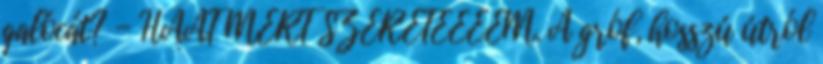
galócát? - HÁÁT MERT SZERETEEEEM. A gróf, hosszú útról